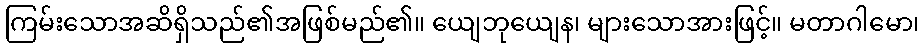
ကြမ်းသောအဆိရှိသည်၏အဖြစ်မည်၏။ ယျေဘုယျေန၊ များသောအားဖြင့်။ မတာဂါမော၊